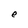
Character: e